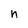
Character: n